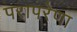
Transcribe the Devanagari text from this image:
परापरेणा